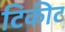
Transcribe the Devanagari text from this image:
टिकीट